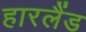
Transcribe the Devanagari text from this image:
हारलैंड